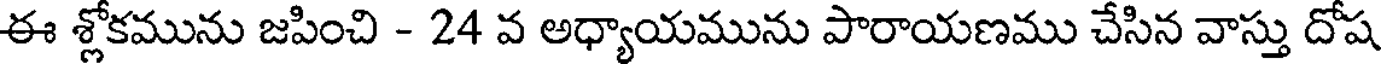
ఈ శ్లోకమును జపించి - 24 వ అధ్యాయమును పారాయణము చేసిన వాస్తు దోష